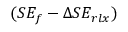
( S E _ { f } - \Delta S E _ { r l x } )